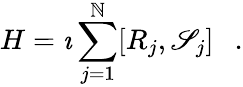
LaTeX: H=\imath\sum_{j=1}^{\mathbb{N}}[R_{j},\mathscr{S}_{j}]~~~.